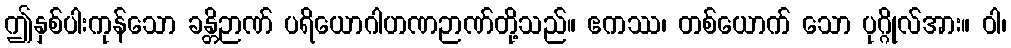
ဤနှစ်ပါးကုန်သော ခန္တိဉာဏ် ပရိယောဂါဟဏဉာဏ်တို့သည်။ ဧကဿ၊ တစ်ယောက် သော ပုဂ္ဂိုလ်အား။ ဝါ၊